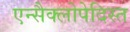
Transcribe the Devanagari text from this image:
एन्सैक्लोपेदिस्त